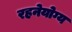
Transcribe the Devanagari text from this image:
रहनेयोग्य